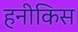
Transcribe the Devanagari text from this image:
हनीकिस